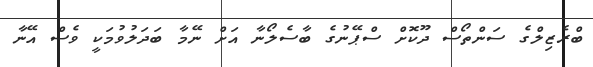
ބްރެޒިލްގެ ސަންތޯސް ދޫކޮށް ސްޕޭނުގެ ބާސެލޯނާ އަށް ނޭމާ ބަދަލުވުމަކީ ވެސް އޭނާ